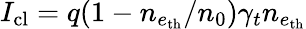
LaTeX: I_{\mathrm{cl}}=q(1-n_{e_{\mathrm{th}}}/n_{0})\gamma_{t}n_{e_{\mathrm{th}}}